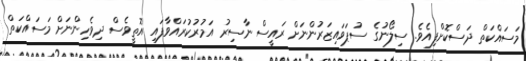
މަސައްކަތް ދަސްކޮށްފިއެވެ. ސިލޯނުގެ ސުޕަވައިޒަރުންނަށް ރައީސް ނާސިރު އަމުރުކުރައްވާފައި އޮތީވެސް ދިވެހިންނަށް މަސައްކަތް